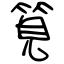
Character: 筧